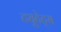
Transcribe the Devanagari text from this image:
ट्यूटेट्स